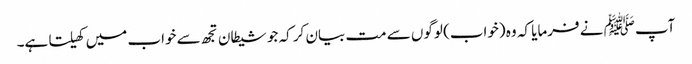
آپﷺ نے فرمایا کہ وہ (خواب) لوگوں سے مت بیان کر کہ جو شیطان تجھ سے خواب میں کھیلتا ہے۔